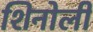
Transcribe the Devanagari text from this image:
शिनोली